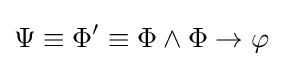
\Psi \equiv \Phi '\equiv \Phi \wedge \Phi \rightarrow \varphi